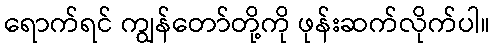
ရောက်ရင် ကျွန်တော်တို့ကို ဖုန်းဆက်လိုက်ပါ။